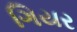
ગિયર